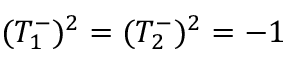
( T _ { 1 } ^ { - } ) ^ { 2 } = ( T _ { 2 } ^ { - } ) ^ { 2 } = - 1